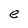
Character: e